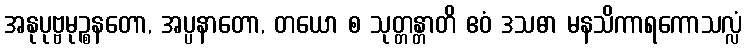
အနုပုဗ္ဗမုဉ္စနတော, အပ္ပနာတော, တယော စ သုတ္တန္တာတိ ဧဝံ ဒသဓာ မနသိကာရကောသလ္လံ